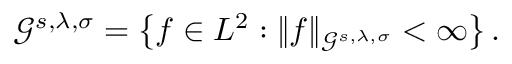
\begin{array} { r } { \mathcal G ^ { s , \lambda , \sigma } = \left\{ f \in L ^ { 2 } : \| f \| _ { \mathcal G ^ { s , \lambda , \sigma } } < \infty \right\} . } \end{array}